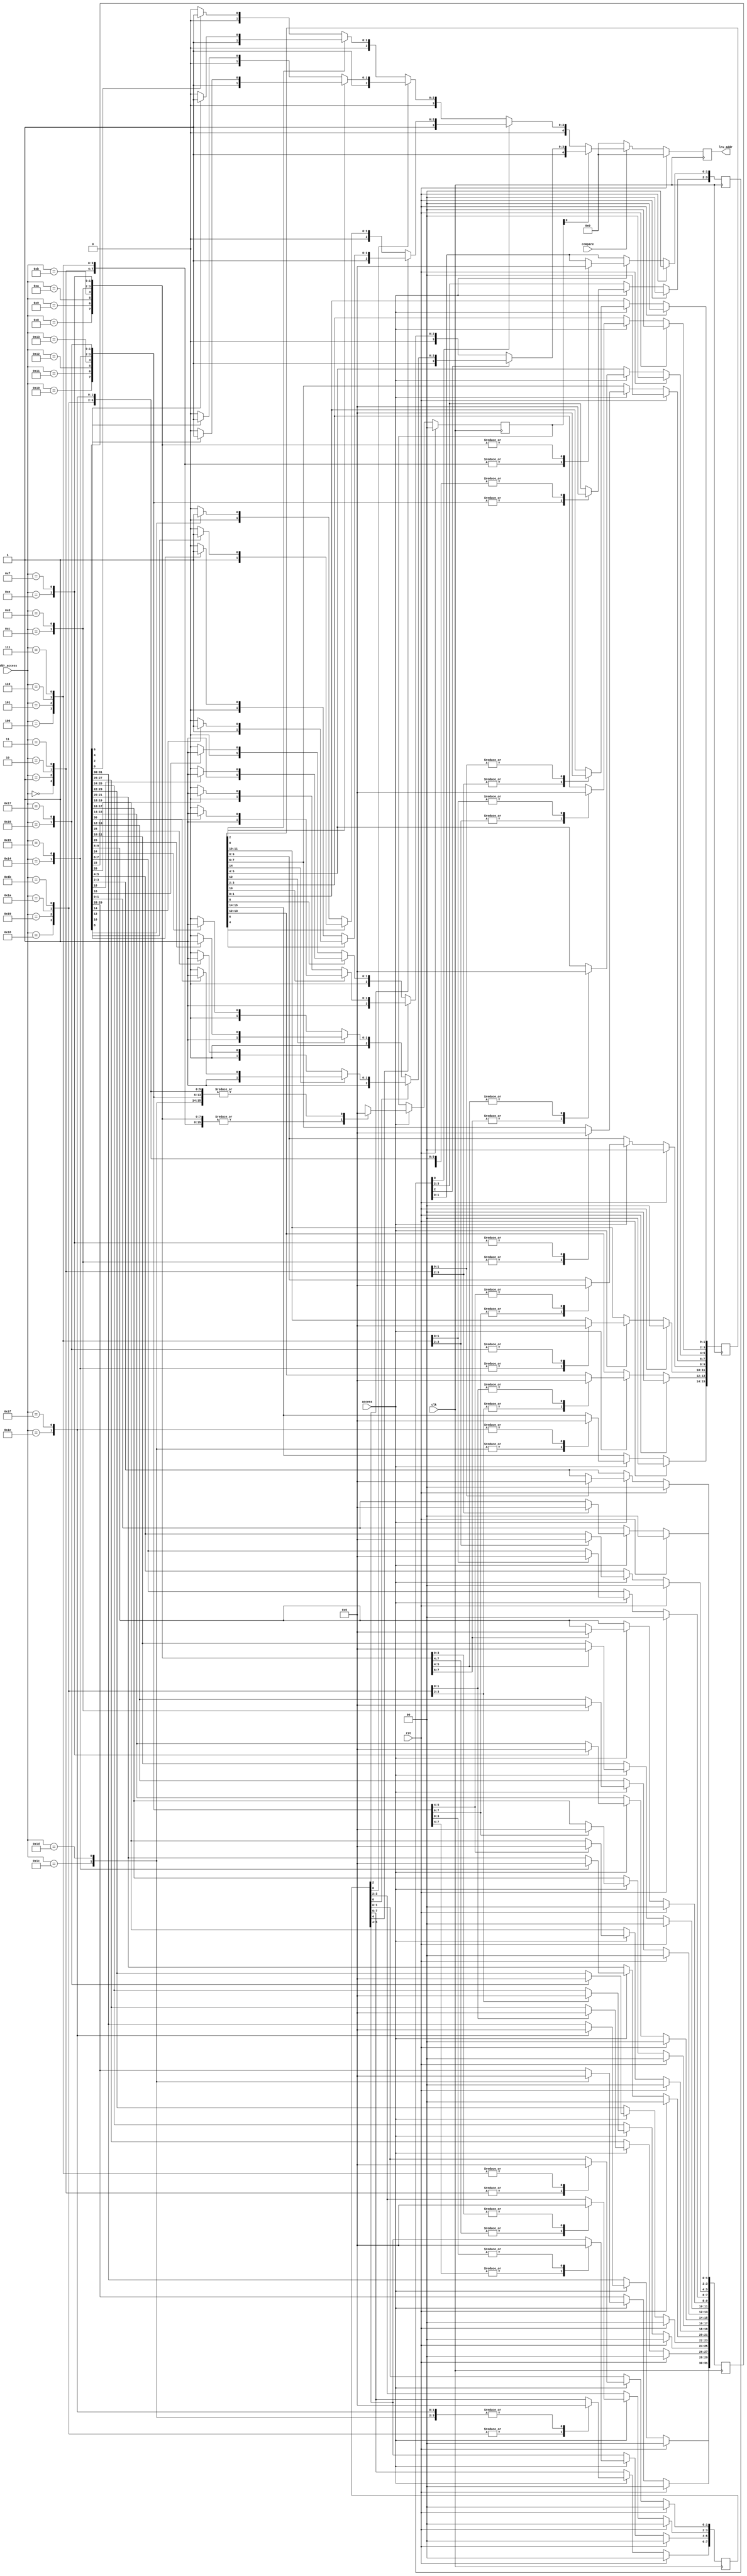
//******************************************************************************
// Copyright (c) 2014 - 2018, 2019 - 2021, Indian Institute of Science, Bangalore.
// All Rights Reserved. See LICENSE for license details.
//------------------------------------------------------------------------------

// Contributors
// Naveen Chander V (naveenv@alum.iisc.ac.in)
// Akshay Birari (akshay@alum.iisc.ac.in), Piyush Birla (piyush@alum.iisc.ac.in)
// Suseela Budi (suseela@alum.iisc.ac.in), Pradeep Gupta (gupta@alum.iisc.ac.in)
// Kavya Sharat (kavyasharat@alum.iisc.ac.in), Sumeet Bandishte (sumeet.bandishte30@gmail.com)
// Kuruvilla Varghese (kuru@iisc.ac.in)
`timescale 1ns / 1ps


module lru( clk,rst,access,addr_access,compare,lru_addr

    );
    
    input clk;
    input rst;
    input access;
    input [4:0]addr_access;
    input compare;
    
    output reg [4:0]lru_addr;
    
    reg [1:0]level_4;
    reg [3:0]level_3;
    reg [7:0]level_2;
    reg [15:0]level_1;
    reg [31:0]level_0;
    
    reg [4:0]lru_addr_int;
    
always @(posedge clk) begin
        if(rst) begin
            level_4 <=  2'b0;
            level_3 <=  4'b0;
            level_2 <=  8'b0;
            level_1 <= 16'b0;
            level_0 <= 32'b0;
        end
        else if(access) begin
        
            case(addr_access) 
            5'd0  : begin
                    level_4 <= 2'b01;
                    level_3[1:0] <= 2'b01;
                    level_2[1:0] <= 2'b01;
                    level_1[1:0] <= 2'b01;
                    level_0[1:0] <= 2'b01;
                    end
            5'd1  : begin
                    level_4 <= 2'b01;
                    level_3[1:0] <= 2'b01;
                    level_2[1:0] <= 2'b01;
                    level_1[1:0] <= 2'b01;
                    level_0[1:0] <= 2'b10;
                    end
            5'd2  : begin
                    level_4 <= 2'b01;
                    level_3[1:0] <= 2'b01;
                    level_2[1:0] <= 2'b01;
                    level_1[1:0] <= 2'b10;
                    level_0[3:2] <= 2'b01;
                    end
            5'd3  : begin
                    level_4 <= 2'b01;
                    level_3[1:0] <= 2'b01;
                    level_2[1:0] <= 2'b01;
                    level_1[1:0] <= 2'b10;
                    level_0[3:2] <= 2'b10;
                    end
            5'd4  : begin
                    level_4 <= 2'b01;
                    level_3[1:0] <= 2'b01;
                    level_2[1:0] <= 2'b10;
                    level_1[3:2] <= 2'b01;
                    level_0[5:4] <= 2'b01;
                    end
            5'd5  : begin
                    level_4 <= 2'b01;
                    level_3[1:0] <= 2'b01;
                    level_2[1:0] <= 2'b10;
                    level_1[3:2] <= 2'b01;
                    level_0[5:4] <= 2'b10;
                    end
            5'd6  : begin
                    level_4 <= 2'b01;
                    level_3[1:0] <= 2'b01;
                    level_2[1:0] <= 2'b10;
                    level_1[3:2] <= 2'b10;
                    level_0[7:6] <= 2'b01;
                    end
            5'd7  : begin
                    level_4 <= 2'b01;
                    level_3[1:0] <= 2'b01;
                    level_2[1:0] <= 2'b10;
                    level_1[3:2] <= 2'b10;
                    level_0[7:6] <= 2'b10;
                    end
            5'd8  : begin
                    level_4 <= 2'b01;
                    level_3[1:0] <= 2'b10;
                    level_2[3:2] <= 2'b01;
                    level_1[5:4] <= 2'b01;
                    level_0[9:8] <= 2'b01;
                    end
            5'd9  : begin
                    level_4 <= 2'b01;
                    level_3[1:0] <= 2'b10;
                    level_2[3:2] <= 2'b01;
                    level_1[5:4] <= 2'b01;
                    level_0[9:8] <= 2'b10;
                    end
            5'd10 : begin
                    level_4 <= 2'b01;
                    level_3[1:0] <= 2'b10;
                    level_2[3:2] <= 2'b01;
                    level_1[5:4] <= 2'b10;
                    level_0[11:10] <= 2'b01;
                    end
            5'd11 : begin
                    level_4 <= 2'b01;
                    level_3[1:0] <= 2'b10;
                    level_2[3:2] <= 2'b01;
                    level_1[5:4] <= 2'b10;
                    level_0[11:10] <= 2'b10;
                    end
            5'd12 : begin
                    level_4 <= 2'b01;
                    level_3[1:0] <= 2'b10;
                    level_2[3:2] <= 2'b10;
                    level_1[7:6] <= 2'b01;
                    level_0[13:12] <= 2'b01;
                    end
            5'd13 : begin
                    level_4 <= 2'b01;
                    level_3[1:0] <= 2'b10;
                    level_2[3:2] <= 2'b10;
                    level_1[7:6] <= 2'b01;
                    level_0[13:12] <= 2'b10;
                    end
            5'd14 : begin
                    level_4 <= 2'b01;
                    level_3[1:0] <= 2'b10;
                    level_2[3:2] <= 2'b10;
                    level_1[7:6] <= 2'b10;
                    level_0[15:14] <= 2'b01;
                    end
            5'd15 : begin
                    level_4 <= 2'b01;
                    level_3[1:0] <= 2'b10;
                    level_2[3:2] <= 2'b10;
                    level_1[7:6] <= 2'b10;
                    level_0[15:14] <= 2'b10;
                    end
            5'd16 : begin
                    level_4 <= 2'b10;
                    level_3[3:2] <= 2'b01;
                    level_2[5:4] <= 2'b01;
                    level_1[9:8] <= 2'b01;
                    level_0[17:16] <= 2'b01;
                    end
            5'd17 : begin
                    level_4 <= 2'b10;
                    level_3[3:2] <= 2'b01;
                    level_2[5:4] <= 2'b01;
                    level_1[9:8] <= 2'b01;
                    level_0[17:16] <= 2'b10;
                    end
            5'd18 : begin
                    level_4 <= 2'b10;
                    level_3[3:2] <= 2'b01;
                    level_2[5:4] <= 2'b01;
                    level_1[9:8] <= 2'b10;
                    level_0[19:18] <= 2'b01;
                    end
            5'd19 : begin
                    level_4 <= 2'b10;
                    level_3[3:2] <= 2'b01;
                    level_2[5:4] <= 2'b01;
                    level_1[9:8] <= 2'b10;
                    level_0[19:18] <= 2'b10;
                    end
            5'd20 : begin
                    level_4 <= 2'b10;
                    level_3[3:2] <= 2'b01;
                    level_2[5:4] <= 2'b10;
                    level_1[11:10] <= 2'b01;
                    level_0[21:20] <= 2'b01;
                    end
            5'd21 : begin
                    level_4 <= 2'b10;
                    level_3[3:2] <= 2'b01;
                    level_2[5:4] <= 2'b10;
                    level_1[11:10] <= 2'b01;
                    level_0[21:20] <= 2'b10;
                    end
            5'd22 : begin
                    level_4 <= 2'b10;
                    level_3[3:2] <= 2'b01;
                    level_2[5:4] <= 2'b10;
                    level_1[11:10] <= 2'b10;
                    level_0[23:22] <= 2'b01;
                    end
            5'd23  : begin
                    level_4 <= 2'b10;
                    level_3[3:2] <= 2'b01;
                    level_2[5:4] <= 2'b10;
                    level_1[11:10] <= 2'b10;
                    level_0[23:22] <= 2'b10;
                    end
            5'd24 : begin
                    level_4 <= 2'b10;
                    level_3[3:2] <= 2'b10;
                    level_2[7:6] <= 2'b01;
                    level_1[13:12] <= 2'b01;
                    level_0[25:24] <= 2'b01;
                    end
            5'd25 : begin
                    level_4 <= 2'b10;
                    level_3[3:2] <= 2'b10;
                    level_2[7:6] <= 2'b01;
                    level_1[13:12] <= 2'b01;
                    level_0[25:24] <= 2'b10;
                    end
            5'd26 : begin
                    level_4 <= 2'b10;
                    level_3[3:2] <= 2'b10;
                    level_2[7:6] <= 2'b01;
                    level_1[13:12] <= 2'b10;
                    level_0[27:26] <= 2'b01;
                    end
            5'd27 : begin
                    level_4 <= 2'b10;
                    level_3[3:2] <= 2'b10;
                    level_2[7:6] <= 2'b01;
                    level_1[13:12] <= 2'b10;
                    level_0[27:26] <= 2'b10;
                    end
            5'd28 : begin
                    level_4 <= 2'b10;
                    level_3[3:2] <= 2'b10;
                    level_2[7:6] <= 2'b10;
                    level_1[15:14] <= 2'b01;
                    level_0[29:28] <= 2'b01;
                    end
            5'd29 : begin
                    level_4 <= 2'b10;
                    level_3[3:2] <= 2'b10;
                    level_2[7:6] <= 2'b10;
                    level_1[15:14] <= 2'b01;
                    level_0[29:28] <= 2'b10;
                    end
            5'd30 : begin
                    level_4 <= 2'b10;
                    level_3[3:2] <= 2'b10;
                    level_2[7:6] <= 2'b10;
                    level_1[15:14] <= 2'b10;
                    level_0[31:30] <= 2'b01;
                    end
            5'd31 : begin
                    level_4 <= 2'b10;
                    level_3[3:2] <= 2'b10;
                    level_2[7:6] <= 2'b10;
                    level_1[15:14] <= 2'b10;
                    level_0[31:30] <= 2'b10;
                    end
            default: begin
                        level_4 <=  level_4;
                        level_3 <=  level_3;
                        level_2 <=  level_2;
                        level_1 <=  level_1;
                        level_0 <=  level_0;
                    end
            endcase
        
        end
        else begin
                level_4 <=  level_4;
                level_3 <=  level_3;
                level_2 <=  level_2;
                level_1 <=  level_1;
                level_0 <=  level_0;
        end
    end
    
    
always@(posedge clk)
    begin
        if(rst)
           lru_addr <= 5'b0;
        else
           lru_addr <= lru_addr_int;
    end
 
 
always@(*) begin
    if(rst) lru_addr_int <= 5'b0;
    else
    if(compare)
        begin
        if(level_4[0]== 1'b0) begin
            if(level_3[0]==1'b0) begin
                if(level_2[0]==1'b0) begin
                    if(level_1[0]==1'b0) begin
                        if(level_0[0]==1'b0) lru_addr_int <= 5'd0;
                        else                 lru_addr_int <= 5'd1;
                    end
                    else begin
                        if(level_0[2]==1'b0) lru_addr_int <= 5'd2;
                        else                 lru_addr_int <= 5'd3;
                    end
                end
                else begin
                    if(level_1[2]==1'b0) begin
                        if(level_0[4]==1'b0) lru_addr_int <= 5'd4;
                        else                 lru_addr_int <= 5'd5;
                    end
                    else begin
                        if(level_0[6]==1'b0) lru_addr_int <= 5'd6;
                        else                 lru_addr_int <= 5'd7;
                    end
                end
            end
            else begin
                if(level_2[2]==1'b0) begin
                    if(level_1[4]==1'b0) begin
                        if(level_0[8]==1'b0) lru_addr_int <= 5'd8;
                        else                 lru_addr_int <= 5'd9;
                    end
                    else begin
                        if(level_0[10]==1'b0) lru_addr_int <= 5'd10;
                        else                 lru_addr_int <= 5'd11;
                    end
                end
                else begin
                    if(level_1[6]==1'b0) begin
                        if(level_0[12]==1'b0) lru_addr_int <= 5'd12;
                        else                 lru_addr_int <= 5'd13;
                    end
                    else begin
                        if(level_0[14]==1'b0) lru_addr_int <= 5'd14;
                        else                 lru_addr_int <= 5'd15;
                    end
                end
            end
        end
        else begin
            if(level_3[2]==1'b0) begin
                if(level_2[4]==1'b0) begin
                    if(level_1[8]==1'b0) begin
                        if(level_0[16]==1'b0) lru_addr_int <= 5'd16;
                        else                 lru_addr_int <= 5'd17;
                    end
                    else begin
                        if(level_0[18]==1'b0) lru_addr_int <= 5'd18;
                        else                 lru_addr_int <= 5'd19;
                    end
                end
                else begin
                    if(level_1[10]==1'b0) begin
                        if(level_0[20]==1'b0) lru_addr_int <= 5'd20;
                        else                 lru_addr_int <= 5'd21;
                    end
                    else begin
                        if(level_0[22]==1'b0) lru_addr_int <= 5'd22;
                        else                 lru_addr_int <= 5'd23;
                    end
                end
            end
            else begin
                if(level_2[6]==1'b0) begin
                    if(level_1[12]==1'b0) begin
                        if(level_0[24]==1'b0) lru_addr_int <= 5'd24;
                        else                 lru_addr_int <= 5'd25;
                    end
                    else begin
                        if(level_0[26]==1'b0) lru_addr_int <= 5'd26;
                        else                 lru_addr_int <= 5'd27;
                    end
                end
                else begin
                    if(level_1[14]==1'b0) begin
                        if(level_0[28]==1'b0) lru_addr_int <= 5'd28;
                        else                 lru_addr_int <= 5'd29;
                    end
                    else begin
                        if(level_0[30]==1'b0) lru_addr_int <= 5'd30;
                        else                 lru_addr_int <= 5'd31;
                    end
                end
            end
        end
    end
    else
     lru_addr_int <= 5'b0;

end
        
        

 
    
endmodule